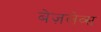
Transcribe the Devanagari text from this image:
बेज़लेव्स